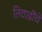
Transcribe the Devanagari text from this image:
तिवाडींचे